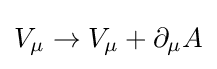
V_{\mu }\rightarrow V_{\mu }+\partial _{\mu }A